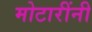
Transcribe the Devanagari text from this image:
मोटारींनी